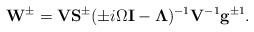
LaTeX: \begin{align*}\mathbf{W}^{\pm}=\mathbf{V S}^{\pm}(\pm i \Omega\mathbf{I}-\mathbf{\Lambda})^{-1}\mathbf{V}^{-1}\mathbf{g}^{\pm 1}. \end{align*}